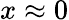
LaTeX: x\approx 0